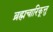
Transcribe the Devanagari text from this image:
ब्रह्मचारिकूत्तु